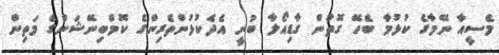
މެސީއާ ނޭމާގެ ކުޅުމާ ބެހޭ ގޮތުން ގާޑިއޯލާ ބުނީ އެދެކުޅުންތެރިންގެ ކޮމްބިނޭޝަންގެ މަތިން